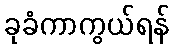
ခုခံကာကွယ်ရန်